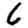
Digit: 6